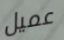
عميل